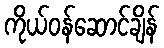
ကိုယ်ဝန်ဆောင်ချိန်